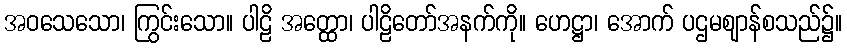
အဝသေသော၊ ကြွင်းသော။ ပါဠိ အတ္ထော၊ ပါဠိတော်အနက်ကို။ ဟေဋ္ဌာ၊ အောက် ပဌမဈာန်စသည်၌။